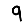
Digit: 9